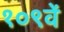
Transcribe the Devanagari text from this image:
१०९वें